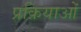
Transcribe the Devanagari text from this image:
प्रक्रियाओं